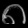
Digit: ၈